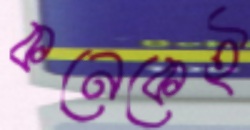
কনেকেই